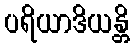
ပရိယာဒိယန္တိ